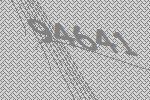
94641